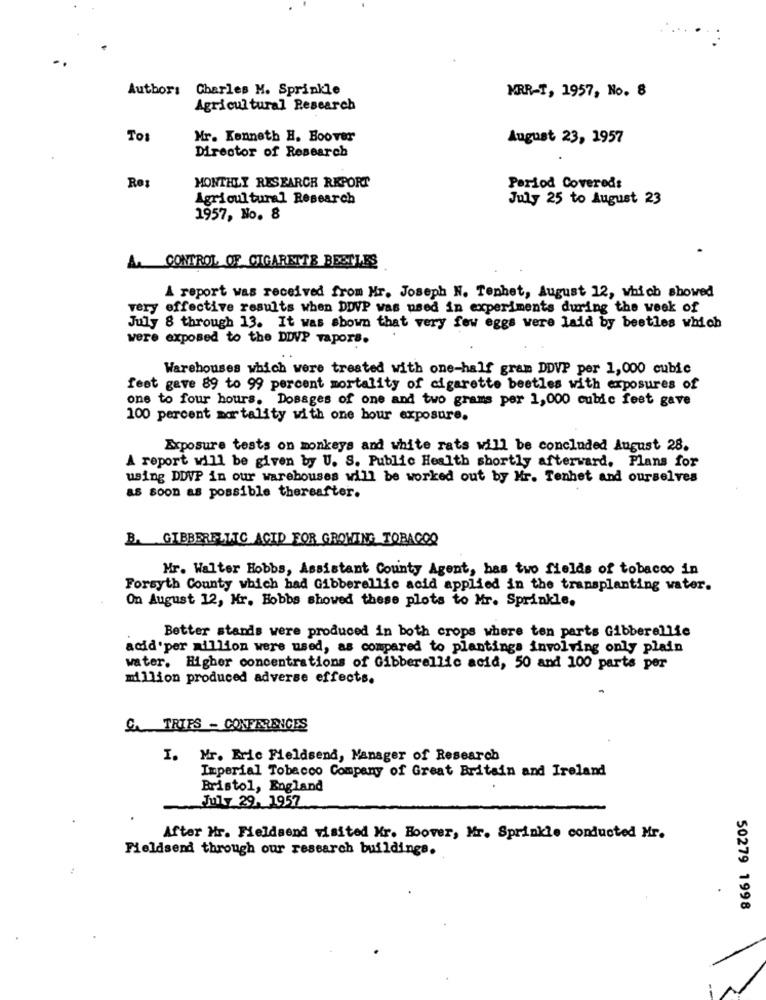
Author: Charles M. Sprinkle
MRR-T, 1957, No. 8
Agricultural Research
To
Mr. Kenneth H. Boover
August 23, 1957
Director of Research
Ro
MONTHLY RESEARCH REPORT
Period Covered:
Agricultural Research
July 25 to August 23
1957, No. 8
A. CONTROL OF CIGARETTE BESTLES
A report was received from Mr. Joseph N. Tenhet, August 12, which showed
ry effective results when DDVP was used in experiments during the week of
July
8 through 13. It was shown that very few eggs were laid by beetles which
were exposed to the DDVP vapors.
Warehouses which were treated with one-half gram DDVP per 1,000 cubic
feet gave 89 to 99 percent mortality of cigarette beetles with exposures of
one to four hours. Dosages of one and two grams per 1,000 cubic feet gave
100 percent mortality with one hour exposure.
Exposure tests on monkeys and white rats will be concluded August 28.
A report will be given by U. S. Public Health shortly afterward. Plans for
using DDVP in our warehouses will be worked out by Mr. Tenhet and ourselves
as soon as possible thereafter.
B. GIBBERELLTC ACID FOR GROWING TOBAGOQ
Mr. Walter Hobbs, Assistant County Agent, has two fields of tobacco in
Forsyth County which had Gibberellic acid applied in the transplanting water.
On August 12, Mr. Hobbs showed these plots to Mr. Sprinkle.
Better stands were produced in both crops where ten parts Gibberellie
acid'per million were used, as compared to plantings involving only plain
water. Higher concentrations of Gibberellic acid, 50 and 100 parts per
million produced adverse effects.
& TRIPS - CONFERENCES
I. Mr. Eric Fieldsend, Manager of Research
Imperial Tobacco Company of Great Britain and Ireland
Bristol, England
July 29. 1957
After Mr. Fieldsend visited Kr. Boover, Mr. Sprinkle conducted Mr.
Fieldsend through our research buildings.
50279 1998